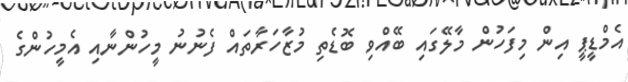
އެމްޑީޕީ އިން މިފަހުން މާލޭގައި ބޭއްވި ބޮޑެތި މުޒާހަރާތައް ފެނުނު މީހުންނާއި އެމީހުންގެ